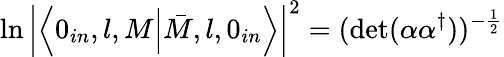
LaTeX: \ln\left|\left\langle 0_{in},l,M\Bigl|\bar{M},l,0_{in}\right\rangle\right|^{2}=(\mathrm{det}(\alpha\alpha^{\dagger}))^{-\frac{1}{2}}